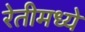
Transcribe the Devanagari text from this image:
रेतीमध्ये